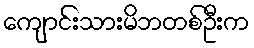
ကျောင်းသားမိဘတစ်ဦးက